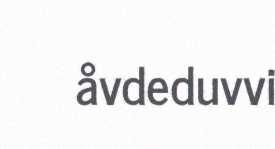
åvdeduvvi